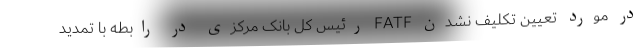
در مورد تعیین تکلیف نشدن FATF رئیس کل بانک مرکزی در رابطه با تمدید